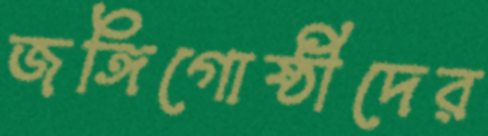
জঙ্গিগোষ্ঠীদের